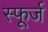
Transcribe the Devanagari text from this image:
स्फूर्ज